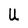
Character: U